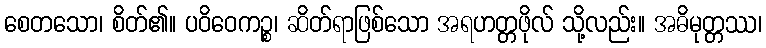
စေတသော၊ စိတ်၏။ ပဝိဝေကဉ္စ၊ ဆိတ်ရာဖြစ်သော အရဟတ္တဖိုလ် သို့လည်း။ အဓိမုတ္တဿ၊